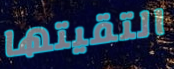
التقيتها